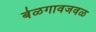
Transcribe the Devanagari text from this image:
बेळगावजवळ